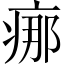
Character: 𤶸